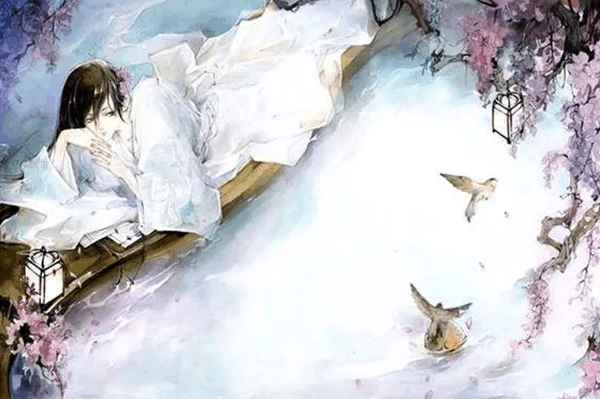
枝上流莺和泪闻，新啼痕间旧啼痕。